Vaccination United Provinces of Agra and Oudh 1902-1913 - 1902-1913
Year: 1902
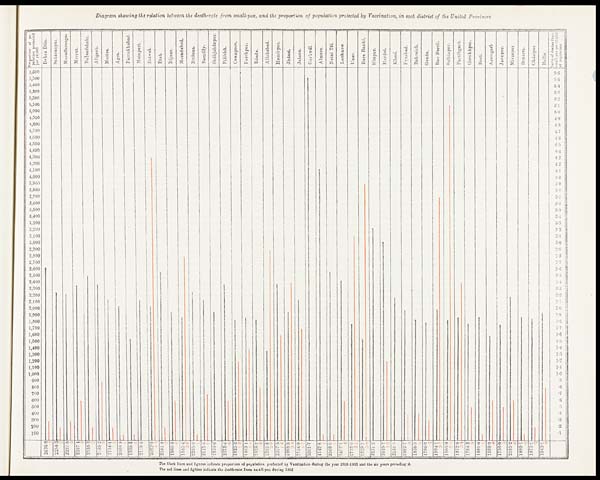
Diagram showing the relation between the death-rate from small-pox, and the proportion of population protected by Vaccination, in each district of the United Provinces.
The black lines and figures indicate proportion of population protected by Vaccination during the year 1902-1003 and the six years preceding it.
The red lines and figures indicate the death-rate from small-pox during 1902